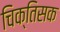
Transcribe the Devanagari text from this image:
चिक्तिसक